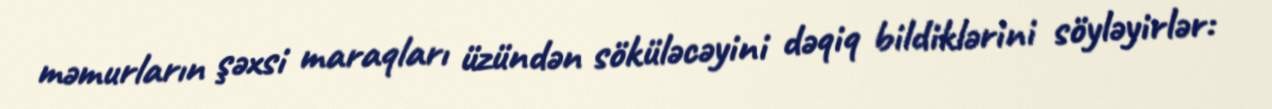
məmurların şəxsi maraqları üzündən söküləcəyini dəqiq bildiklərini söyləyirlər: